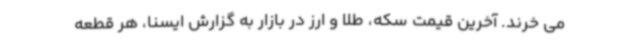
می خرند. آخرین قیمت سکه، طلا و ارز در بازار به گزارش ایسنا، هر قطعه